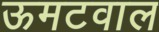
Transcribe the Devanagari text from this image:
ऊमटवाल